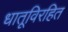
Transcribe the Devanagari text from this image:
धातूविरहित